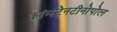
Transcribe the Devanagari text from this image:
कांन्स्टेनटीनोपोल